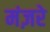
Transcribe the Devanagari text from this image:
मंज़रे